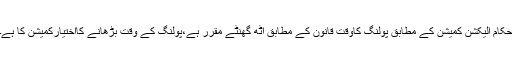
حکام الیکشن کمیشن کے مطابق پولنگ کاوقت قانون کے مطابق آٹھ گھنٹے مقرر ہے،پولنگ کے وقت بڑھانے کااختیارکمیشن کا ہے۔